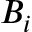
B _ { i }